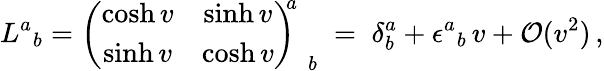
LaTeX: L^{a}{}_{b}=\left(\begin{array}{cc}{{\cosh v}}&{{\sinh v}}\\ {{\sinh v}}&{{\cosh v}}\end{array}\right)_{\, \; b}^{\! \! a}\; =\; \delta_{b}^{a}+\epsilon^{a}{}_{b}\, v+\mathcal{O}(v^{2})\, ,